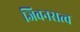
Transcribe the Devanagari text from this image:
जिवनसत्व